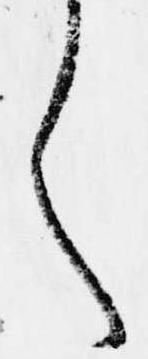
く